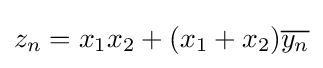
z_{n}=x_{1}x_{2}+(x_{1}+x_{2}){\overline {y_{n}}}